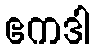
ဧကဒါ